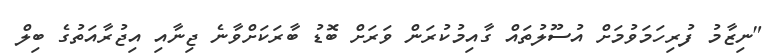
"ނިޒާމު ފުރިހަމަވުމަށް އުސޫލުތައް ގާއިމުކުރަން ވަރަށް ބޮޑު ބާރަކަށްވާނެ ޖިނާއި އިޖުރާއަތުގެ ބިލް